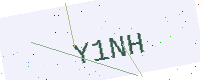
Text: Y1NH